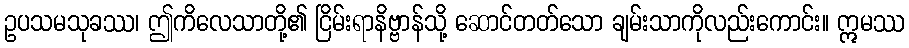
ဥပသမသုခဿ၊ ဤကိလေသာတို့၏ ငြိမ်းရာနိဗ္ဗာန်သို့ ဆောင်တတ်သော ချမ်းသာကိုလည်းကောင်း။ ဣမဿ